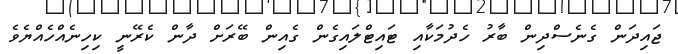
ޖައިދަން ގެނެސްދިން ބާރު ހެދުމަކާއި ޓައިޓްލައިގެން ގެއިން ބޭރަށް ދާން ކެރޭނީ ކިހިނެއްހެއްޔެވެ